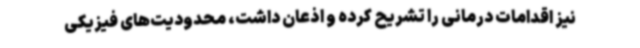
نیز اقدامات درمانی را تشریح کرده و اذعان داشت، محدودیت‌های فیزیکی